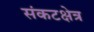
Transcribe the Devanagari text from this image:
संकटक्षेत्र